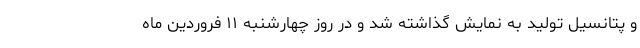
و پتانسیل تولید به نمایش گذاشته شد و در روز چهارشنبه ۱۱ فروردین ماه